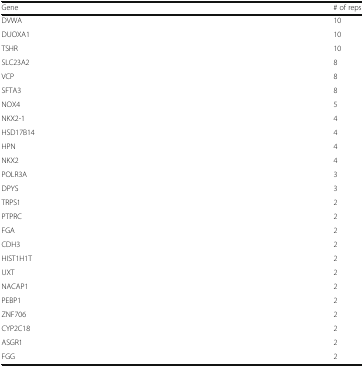
| Gene | # of reps |
 | --- | --- |
 | DVWA | 10 |
 | DUOXA1 | 10 |
 | TSHR | 10 |
 | SLC23A2 | 8 |
 | VCP | 8 |
 | SFTA3 | 8 |
 | NOX4 | 5 |
 | NKX2-1 | 4 |
 | HSD17B14 | 4 |
 | HPN | 4 |
 | NKX2 | 4 |
 | POLR3A | 3 |
 | DPYS | 3 |
 | TRPS1 | 2 |
 | PTPRC | 2 |
 | FGA | 2 |
 | CDH3 | 2 |
 | HIST1H1T | 2 |
 | UXT | 2 |
 | NACAP1 | 2 |
 | PEBP1 | 2 |
 | ZNF706 | 2 |
 | CYP2C18 | 2 |
 | ASGR1 | 2 |
 | FGG | 2 |